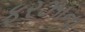
ફરઝાના